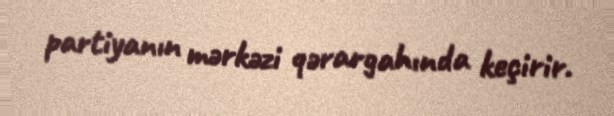
partiyanın mərkəzi qərargahında keçirir.